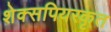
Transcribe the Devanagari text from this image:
शेक्सपियरकृत